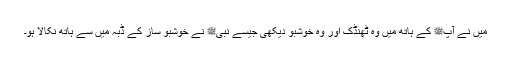
میں نے آپﷺ کے ہاتھ میں وہ ٹھنڈک اور وہ خوشبو دیکھی جیسے نبیﷺ نے خوشبو ساز کے ڈبہ میں سے ہاتھ نکالا ہو۔